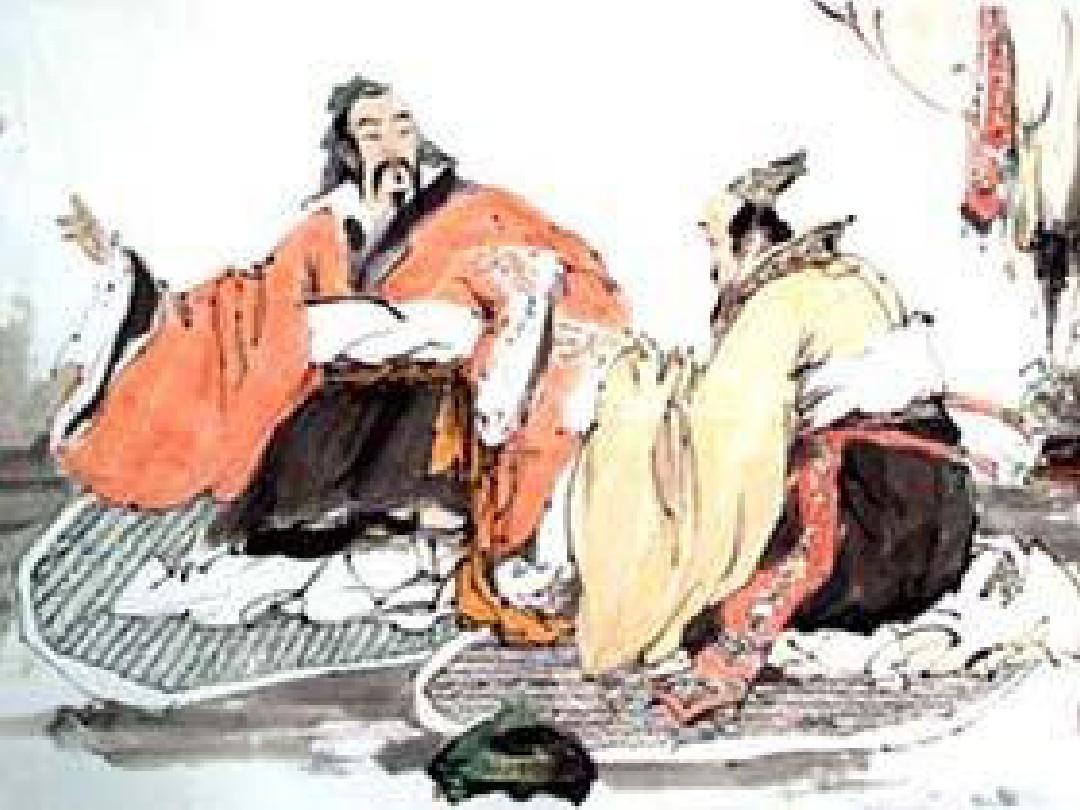
乐民之乐者，民亦乐其乐忧民之忧者，民亦忧其忧。